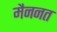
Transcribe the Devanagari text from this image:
मैननत